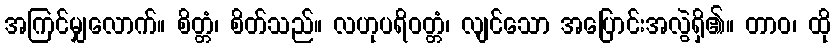
အကြင်မျှလောက်။ စိတ္တံ၊ စိတ်သည်။ လဟုပရိဝတ္တံ၊ လျင်သော အပြောင်းအလွဲရှိ၏။ တာဝ၊ ထို